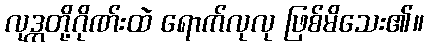
လုဒ္ကတို့ဂိုဏ်းထဲ ရောက်လုလု ဖြစ်မိသေး၏။